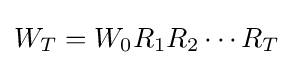
W_{T}=W_{0}R_{1}R_{2}\cdots R_{T}